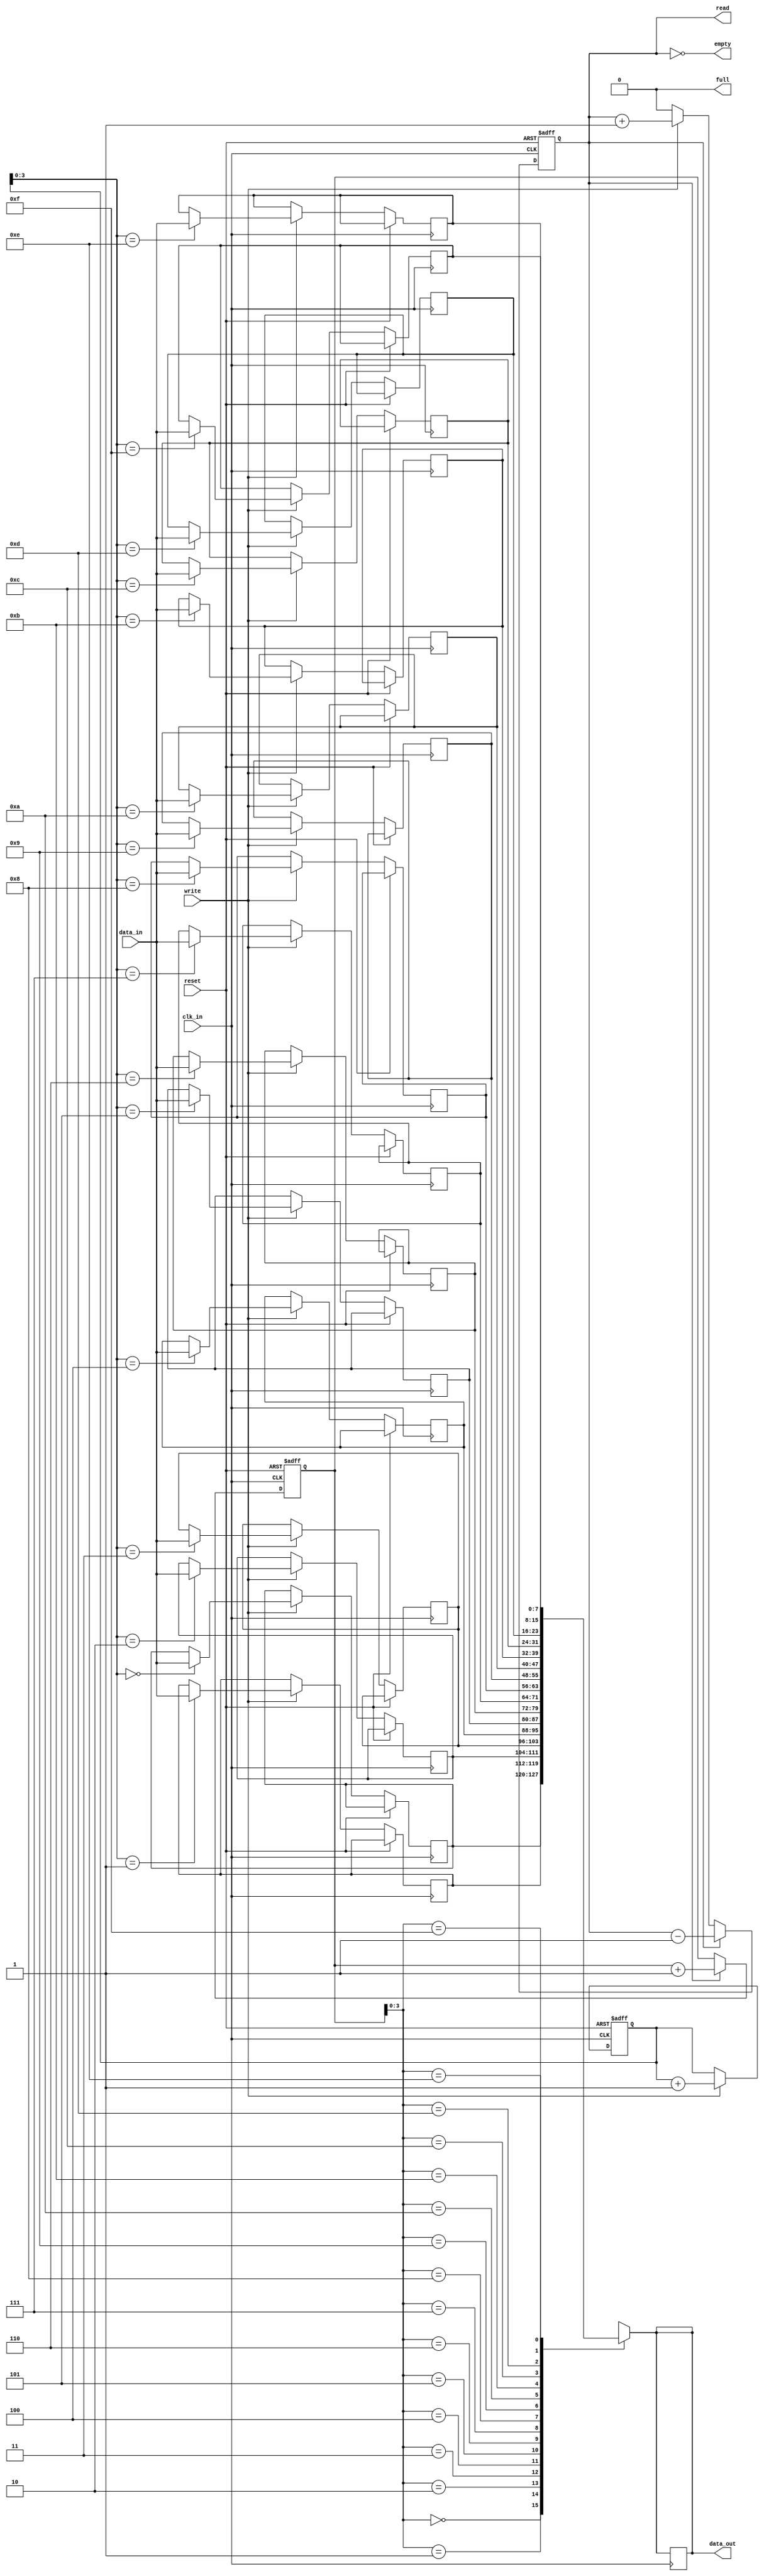
module asynchronous_fifo (
    input wire clk_in,
    input wire reset,
    input wire [DATA_WIDTH-1:0] data_in,
    input wire write,
    output wire read,
    output wire [DATA_WIDTH-1:0] data_out,
    output wire full,
    output wire empty
);

parameter DATA_WIDTH = 8;
parameter DEPTH = 16;

reg [DATA_WIDTH-1:0] fifo [DEPTH-1:0];
reg [4:0] write_ptr = 0;
reg [4:0] read_ptr = 0;
reg count = 0;

always @(posedge clk_in or posedge reset) begin
    if (reset) begin
        write_ptr <= 0;
        read_ptr <= 0;
        count <= 0;
    end else begin
        if (write && !full) begin
            fifo[write_ptr] <= data_in;
            write_ptr <= write_ptr + 1;
            count <= count + 1;
        end
        if (read && !empty) begin
            data_out <= fifo[read_ptr];
            read_ptr <= read_ptr + 1;
            count <= count - 1;
        end
    end
end

assign empty = (count == 0);
assign full = (count == DEPTH);
assign read = !empty;
assign data_out = fifo[read_ptr];

endmodule